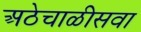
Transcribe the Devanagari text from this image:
अठेचाळीसवा